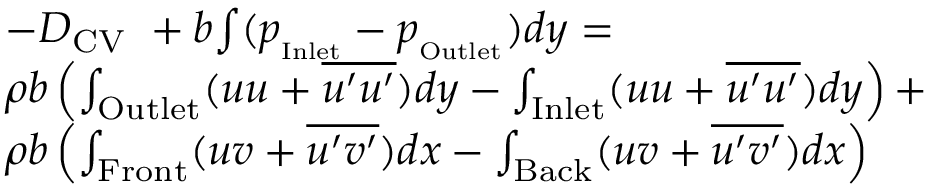
\begin{array} { r l } & { - D _ { \mathrm { C V } } \ + b { \int ( p _ { _ \mathrm { I n l e t } } - p _ { _ \mathrm { O u t l e t } } } ) d y = } \\ & { \rho b \left( \int _ { \mathrm { O u t l e t } } ( { u } { u } + \overline { { u ^ { \prime } u ^ { \prime } } } ) d y - \int _ { \mathrm { I n l e t } } ( { u } { u } + \overline { { u ^ { \prime } u ^ { \prime } } } ) d y \right) + } \\ & { \rho b \left( \int _ { \mathrm { F r o n t } } ( { u } { v } + \overline { { u ^ { \prime } v ^ { \prime } } } ) d x - \int _ { \mathrm { B a c k } } ( { u } { v } + \overline { { u ^ { \prime } v ^ { \prime } } } ) d x \right) } \end{array}